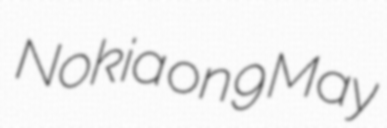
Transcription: Nokia on 9 May